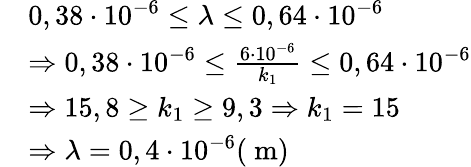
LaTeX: \begin{array}{rl}&{0,38\cdot 10^{-6}\leq\lambda\leq 0,64\cdot 10^{-6}}\\ &{\Rightarrow 0,38\cdot 10^{-6}\leq\frac{6\cdot 10^{-6}}{k_{1}}\leq 0,64\cdot 10^{-6}}\\ &{\Rightarrow 15,8\geq k_{1}\geq 9,3\Rightarrow k_{1}=15}\\ &{\Rightarrow\lambda=0,4\cdot 10^{-6}(\mathrm{~m})}\end{array}